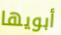
أبويها